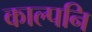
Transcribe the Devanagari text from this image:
काल्पनि